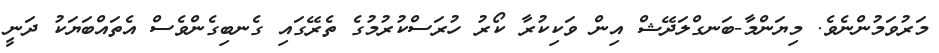
މަރުވަމުންނެވެ. މިޔަންމާ-ބަނގްލަދޭޝް އިން ވަކިކުރާ ކޯރު ހުރަސްކުރުމުގެ ތެރޭގައި ގެނބިގެންވެސް އެތައްބަޔަކު ދަނީ